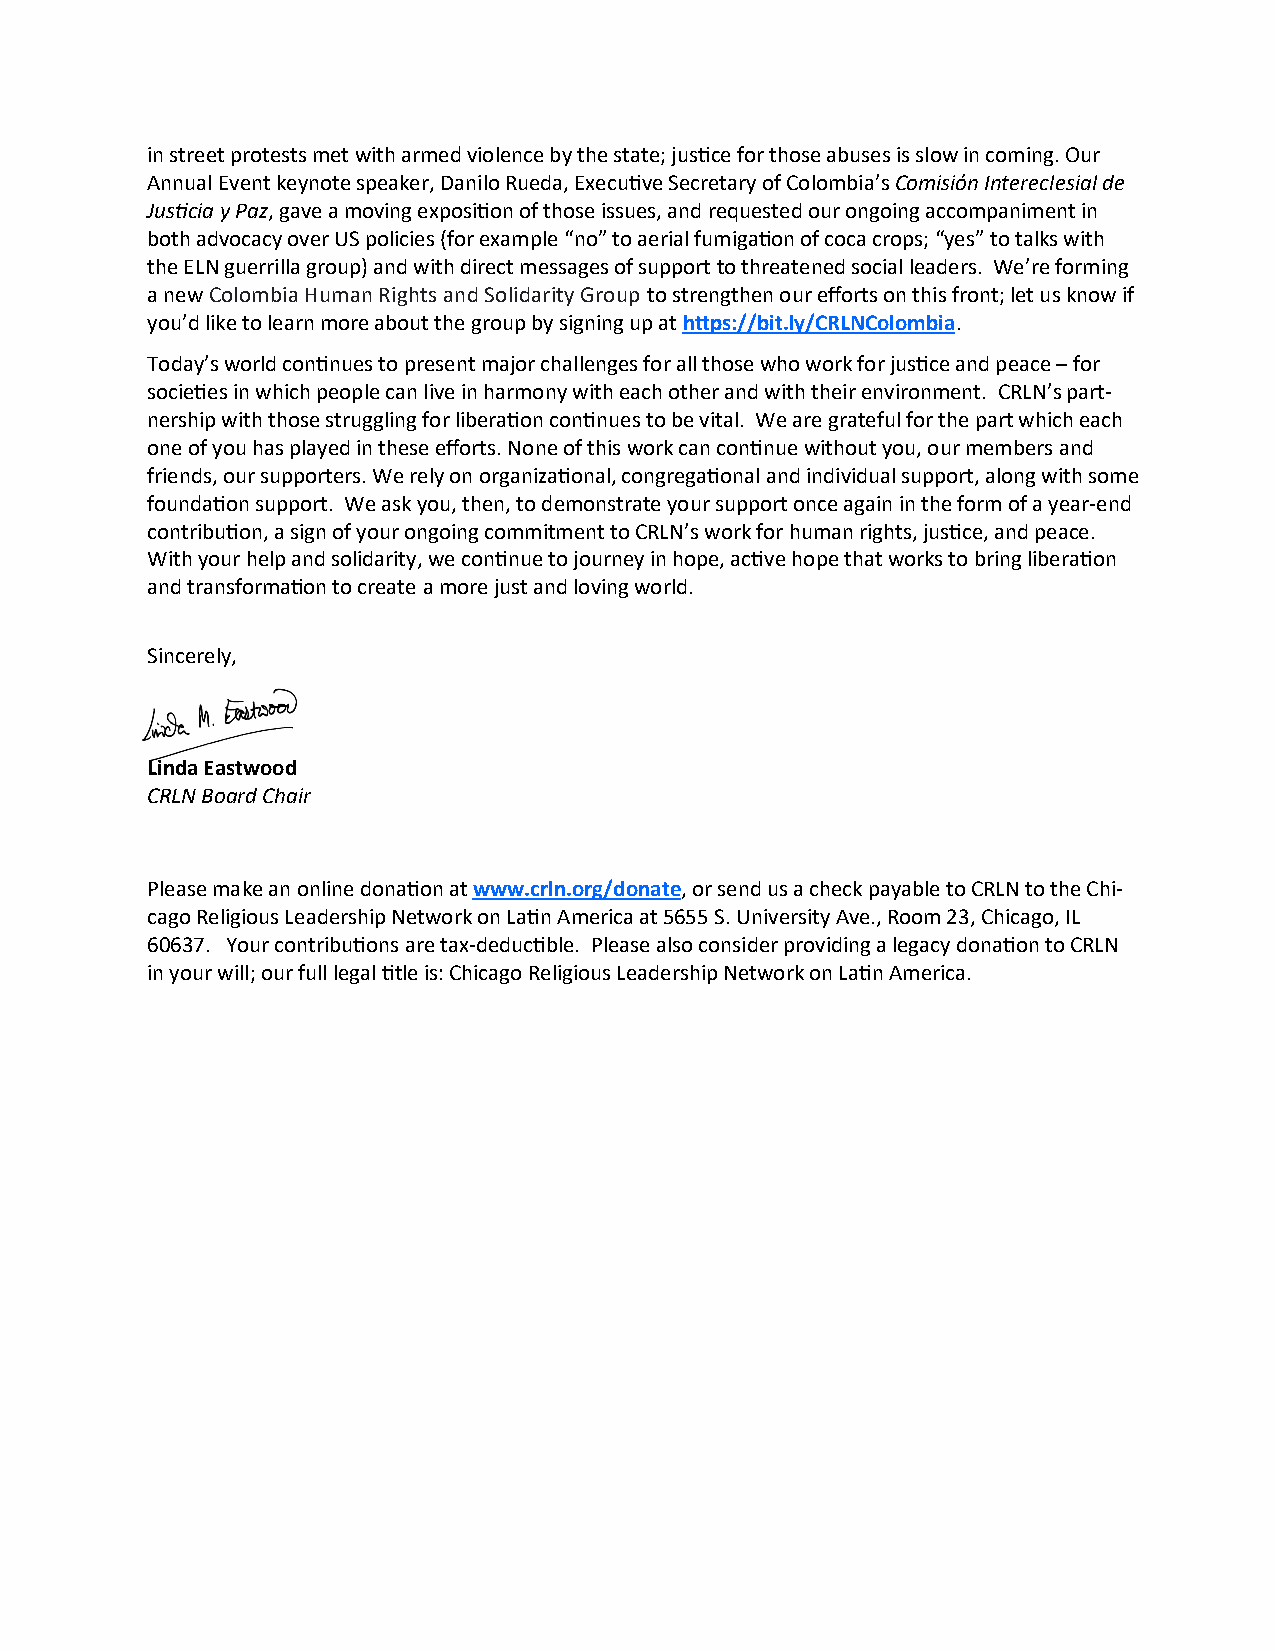
in street protests met with armed violence by the state; justice for those abuses is slow in coming. Our
 Annual Event keynote speaker, Danilo Rueda, Executive Secretary of Colombia’s Comisión Intereclesial de
 Justicia y Paz, gave a moving exposition of those issues, and requested our ongoing accompaniment in
 both advocacy over US policies (for example “no” to aerial fumigation of coca crops; “yes” to talks with
 the ELN guerrilla group) and with direct messages of support to threatened social leaders. We’re forming
 a new Colombia Human Rights and Solidarity Group to strengthen our efforts on this front; let us know if
 you’d like to learn more about the group by signing up at https://bit.ly/CRLNColombia.
 Today’s world continues to present major challenges for all those who work for justice and peace – for
 societies in which people can live in harmony with each other and with their environment. CRLN’s part-
 nership with those struggling for liberation continues to be vital. We are grateful for the part which each
 one of you has played in these efforts. None of this work can continue without you, our members and
 friends, our supporters. We rely on organizational, congregational and individual support, along with some
 foundation support. We ask you, then, to demonstrate your support once again in the form of a year-end
 contribution, a sign of your ongoing commitment to CRLN’s work for human rights, justice, and peace.
 With your help and solidarity, we continue to journey in hope, active hope that works to bring liberation
 and transformation to create a more just and loving world.
 Sincerely,
 Linda Eastwood
 CRLN Board Chair
 Please make an online donation at www.crln.org/donate, or send us a check payable to CRLN to the Chi-
 cago Religious Leadership Network on Latin America at 5655 S. University Ave., Room 23, Chicago, IL
 60637. Your contributions are tax-deductible. Please also consider providing a legacy donation to CRLN
 in your will; our full legal title is: Chicago Religious Leadership Network on Latin America.